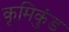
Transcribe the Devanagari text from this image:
कृमिकुंड